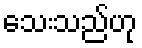
သေးသည်ဟု